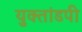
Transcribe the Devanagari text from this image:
युक्तांडपी